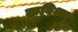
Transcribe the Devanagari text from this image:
कविश्वर